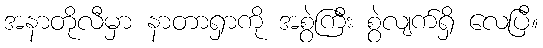
အနာတိုလီမှာ နာတာရှာကို အစွဲကြီး စွဲလျက်ရှိ လေပြီ။